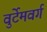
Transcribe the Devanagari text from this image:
वुर्टेमवर्ग